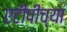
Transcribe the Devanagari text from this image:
एटीपीच्या